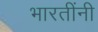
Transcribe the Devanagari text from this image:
भारतींनी